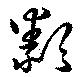
纇